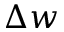
\Delta w